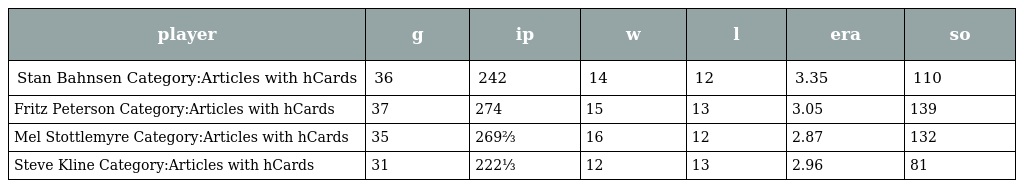
| player | g | ip | w | l | era | so |
 | --- | --- | --- | --- | --- | --- | --- |
 | Stan Bahnsen Category:Articles with hCards | 36 | 242 | 14 | 12 | 3.35 | 110 |
 | Fritz Peterson Category:Articles with hCards | 37 | 274 | 15 | 13 | 3.05 | 139 |
 | Mel Stottlemyre Category:Articles with hCards | 35 | 269⅔ | 16 | 12 | 2.87 | 132 |
 | Steve Kline Category:Articles with hCards | 31 | 222⅓ | 12 | 13 | 2.96 | 81 |